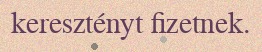
keresztényt fizetnek.